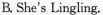
B. She's Lingling.